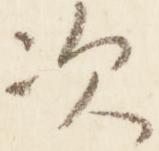
次